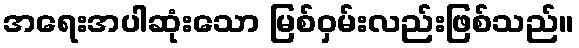
အရေးအပါဆုံးသော မြစ်ဝှမ်းလည်းဖြစ်သည်။